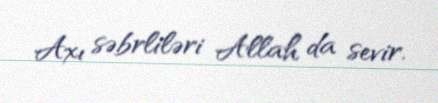
Axı səbrliləri Allah da sevir.